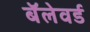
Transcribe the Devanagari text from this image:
बॅलेवर्ड